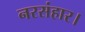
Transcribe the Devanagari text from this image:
नरसंहार।